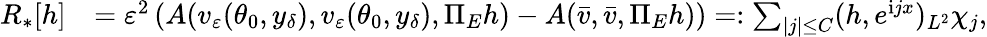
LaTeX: \begin{array}{rl}{R_{*}[h]}&{=\varepsilon^{2}\left(A(v_{\varepsilon}(\theta_{0},y_{\delta}),v_{\varepsilon}(\theta_{0},y_{\delta}),\Pi_{E}h)-A(\bar{v},\bar{v},\Pi_{E}h)\right)=:\sum_{|j|\le C}(h,e^{\mathrm{i}jx})_{L^{2}}\chi_{j},}\end{array}